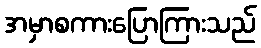
အမှာစကားပြောကြားသည်